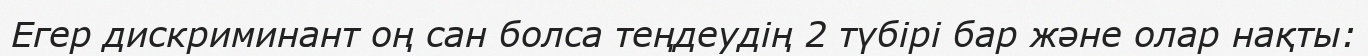
Егер дискриминант оң сан болса теңдеудің 2 түбірі бар және олар нақты: